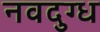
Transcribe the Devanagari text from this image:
नवदुग्ध